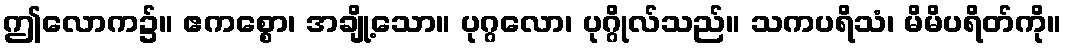
ဤလောက၌။ ဧကစ္စော၊ အချို့သော။ ပုဂ္ဂလော၊ ပုဂ္ဂိုလ်သည်။ သကပရိသံ၊ မိမိပရိတ်ကို။